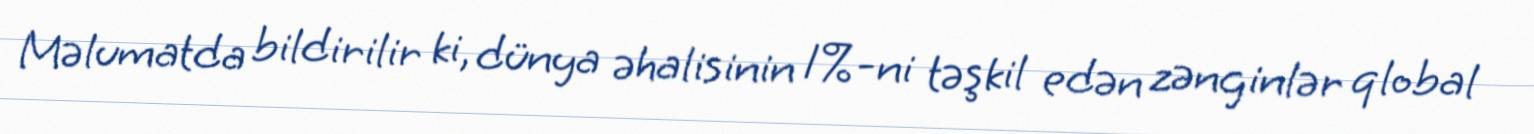
Məlumatda bildirilir ki, dünya əhalisinin 1%-ni təşkil edən zənginlər qlobal